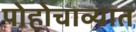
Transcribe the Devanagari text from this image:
पोहोचाव्यात